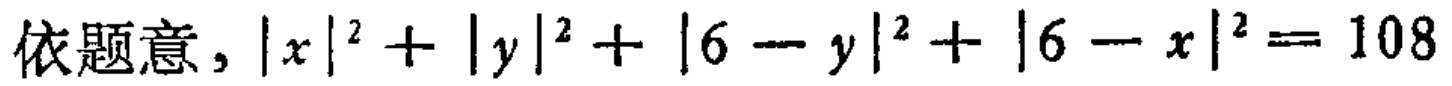
依题意，\(|x|^{2}+|y|^{2}+|6 - y|^{2}+|6 - x|^{2}=108\)